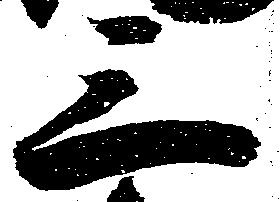
三